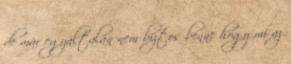
de már egyáltalán nem biztos benne hogy mi az